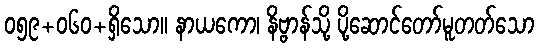
၀၅၉+၀၆၀+ရှိသော။ နာယကော၊ နိဗ္ဗာန်သို့ ပို့ဆောင်တော်မူတတ်သော